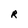
Character: R